Report on horse surra - Volume I
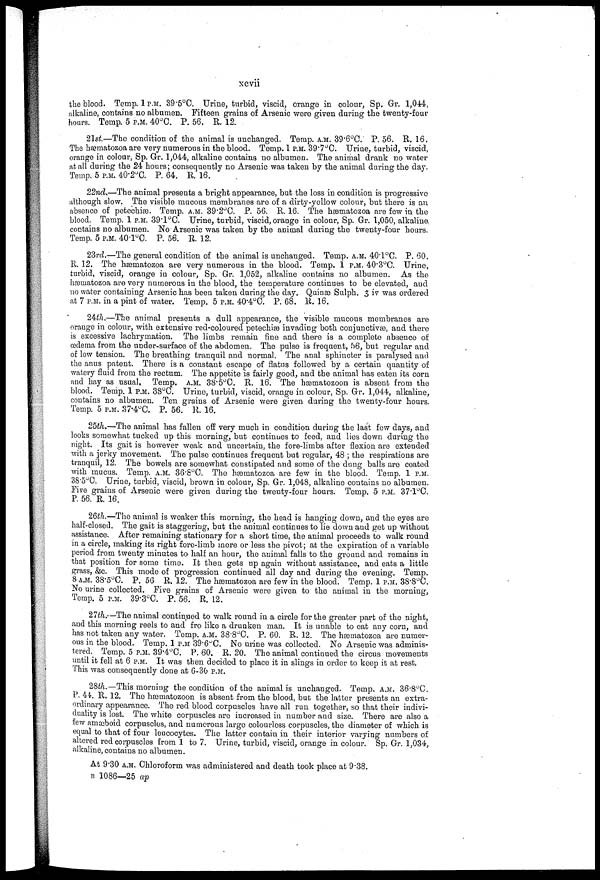
xcvii
the blood. Temp. 1P.M. 39.5°C. Urine, turbid, viscid, orange in colour, Sp. Gr. 1,044,
alkaline, contains no albumen. Fifteen grains of Arsenic were given during the twenty-four
hours. Temp. 5 P.M. 40°C. P. 56. R. 12.
21st.—The condition of the animal is unchanged. Temp. A.M. 39.6°C. P. 56. R. 16.
The hæmatozoa are very numerous in the blood. Temp. 1 P.M. 39.7°C Urine, turbid, viscid,
orange in colour, Sp. Gr. 1,044, alkaline contains no albumen. The animal drank no water
at all during the 24 hours; consequently no Arsenic was taken by the animal during the day.
Temp. 5 P.M. 40.2°C. P. 64. R. 16.
22nd.—The animal presents a bright appearance, but the loss in condition is progressive
although slow. The visible mucous membranes are of a dirty-yellow colour, but there is an
absence of petechias. Temp. A.M. 39.2°C. P. 56. R. 16. The hæmatozoa are few in the
blood. Temp. 1 P.M. 39'1°C. Urine, turbid, viscid, orange in colour, Sp. Gr. 1,050, alkaline,
contains no albumen. No Arsenic was taken by the animal during the twenty-four hours.
Temp. 5 P.M. 40.l°C. P. 56. R. 12.
23rd.—The general condition of the animal is unchanged. Temp. A.M. 40.1°C. P. 60.
R. 12. The hæmatozoa are very numerous in the blood. Temp. 1 P.M. 40 . 3°C. Urine,
turbid, viscid, orange in colour, Sp. Gr. 1,052, alkaline contains no albumen. As the
hæmatozoa are very numerous in the blood, the temperature continues to be elevated, and
no water containing Arsenic has been taken during the day. Quinæ Sulph. 3 iv was ordered
at 7 P.M. in a pint of water. Temp. 5 P.M. 40.4°C. P. 68. R. 16.
24th.—The animal presents a dull appearance, the visible mucous membranes are
orange in colour, with extensive red-coloured petechiæ invading both conjunctivas, and there
is excessive lachrymation. The limbs remain fine and there is a complete absence of
œdema from the under-surface of the abdomen. The pulse is frequent, 56, but regular and
of low tension. The breathing tranquil and normal. The anal sphincter is paralysed and
the anus patent. There is a constaut escape of flatus followed by a certain quantity of
watery fluid from the rectum. The appetite is fairly good, and the animal has eaten its corn
and hay as usual. Temp. A.M. 38.5°C. R. 16. The hæmatozoon is absent from the
blood. Temp. 1 P.M. 3S°C. Urine, turbid, viscid, orange in colour, Sp. Gr. 1,044, alkaline,
contains no albumen. Ten grains of Arsenic were given during the twenty-four hours.
Temp. 5 P.M. 37.4°C. P. 56. R. 16.
25th.—The animal has fallen off very much in condition during the last few days, and
looks somewhat tucked up this morning, but continues to feed, and lies down during the
night. Its gait is however weak and uncertain, the fore-limbs after flexion are extended
with a jerky movement. The pulse continues frequent but regular, 48 ; the respirations are
tranquil, 12. The bowels are somewhat constipated and some of the clung balls are coated
with mucus. Temp. A.M. 36.8°C. The hæmatozoa are few in the blood. Temp. 1 P.M.
38 . 5°C. Urine, turbid, viscid, brown in colour, Sp. Gr. 1,048, alkaline contains no albumen.
Five grains of Arsenic were given during the twenty-four hours. Temp. 5 P.M. 37.1°C.
P. 56. R. 16.
.
26th.—The animal is weaker this morning, the head is hanging down, and the eyes are
half-closed. The gait is staggering, but the animal continues to lie down and get up without
assistance. After remaining stationary for a short time, the animal proceeds to walk round
in a circle, making its right fore-limb more or less the pivot; at the expiration of a variable
period from twenty minutes to half an hour, the animal falls to the ground and remains in
that position for some time. It then gets up again without assistance, and eats a little
grass, &c. This mode of progression continued all day and during the evening. Temp.
8 A.M. 38.5°C. P. 56 R. 12. The hæmatozoa are few in the blood. Temp. 1 P.M. 38.8°C.
No urine collected. Five grains of Arsenic were given to the animal in the morning,
Temp. 5 P.M. 39.3°C. P. 56. R, 12.
27th.—The animal continued to walk round in a circle for the greater part of the night,
and this morning reels to and fro like a drunken man. It is unable to eat any corn, and
has not taken any water. Temp. A.M. 38.8°C. P. 60. R. 12. The hæmatozoa are numer-
ous in the blood. Temp. 1 P.M 39.6°C. No urine was collected. No Arsenic was adminis-
tered. Temp. 5 P.M. 39.4°C. P. 60. R. 20. The animal continued the circus movements
until it fell at 6 P.M. It was then decided to place it in slings in order to keep it at rest.
This was consequently done at 6-30 P.M.
2Sth.— This morning the condition of the animal is unchanged. Temp. A.M. 36.8°C
P. 44. R. 12, The hæmatozoon is absent from the blood, but the latter presents an extra-
ordinary appearance. The red blood corpuscles have all run together, so that their indivi-
duality is lost. The white corpuscles are increased in number and size. There are also a
few amæboid corpuscles, and numerous large colourless corpuscles, the diameter of which is
equal to that of four leucocytes. The latter contain in their interior varying numbers of
altered red corpuscles from 1 to 7. Urine, turbid, viscid, orange in colour. Sp. Gr. 1,034,
alkaline, contains no albumen.
At 9.30 A.M. Chloroform was administered and death took place at 9.38.
B 1086—25 ap